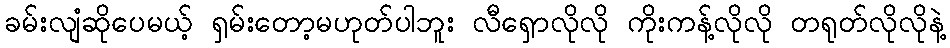
ခမ်းလျံဆိုပေမယ့် ရှမ်းတော့မဟုတ်ပါဘူး လီရှောလိုလို ကိုးကန့်လိုလို တရုတ်လိုလိုနဲ့